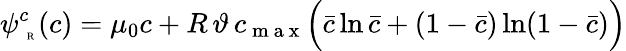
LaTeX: \psi_{\mathrm{~\tiny~R~}}^{c}(c)=\mu_{0}c+R\, \vartheta\, c_{\mathrm{~m~a~x~}}\Big(\bar{c}\ln\bar{c}+(1-\bar{c})\ln(1-\bar{c})\Big)